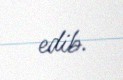
edib.